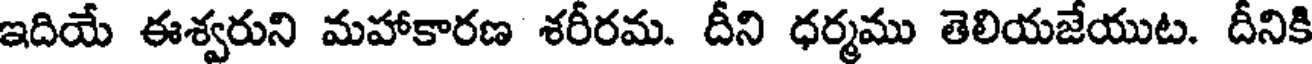
ఇదియే ఈశ్వరుని మహాకారణ శరీరమ. దీని ధర్మము తెలియజేయుట. దీనికి